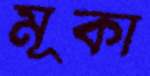
মূকা